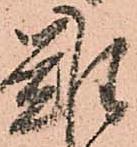
難